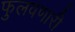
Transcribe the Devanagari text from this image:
फुलवणारी